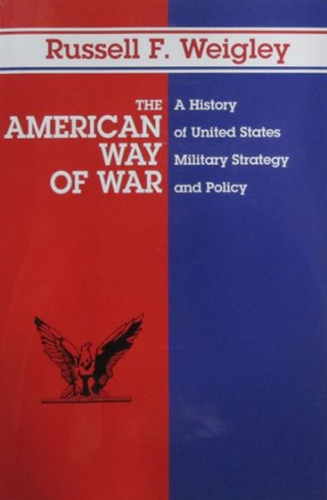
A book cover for The American Way of War: A History of United States Military Strategy and Policy; Russell F. Weigley; History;